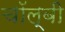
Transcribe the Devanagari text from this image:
चॉल्बी